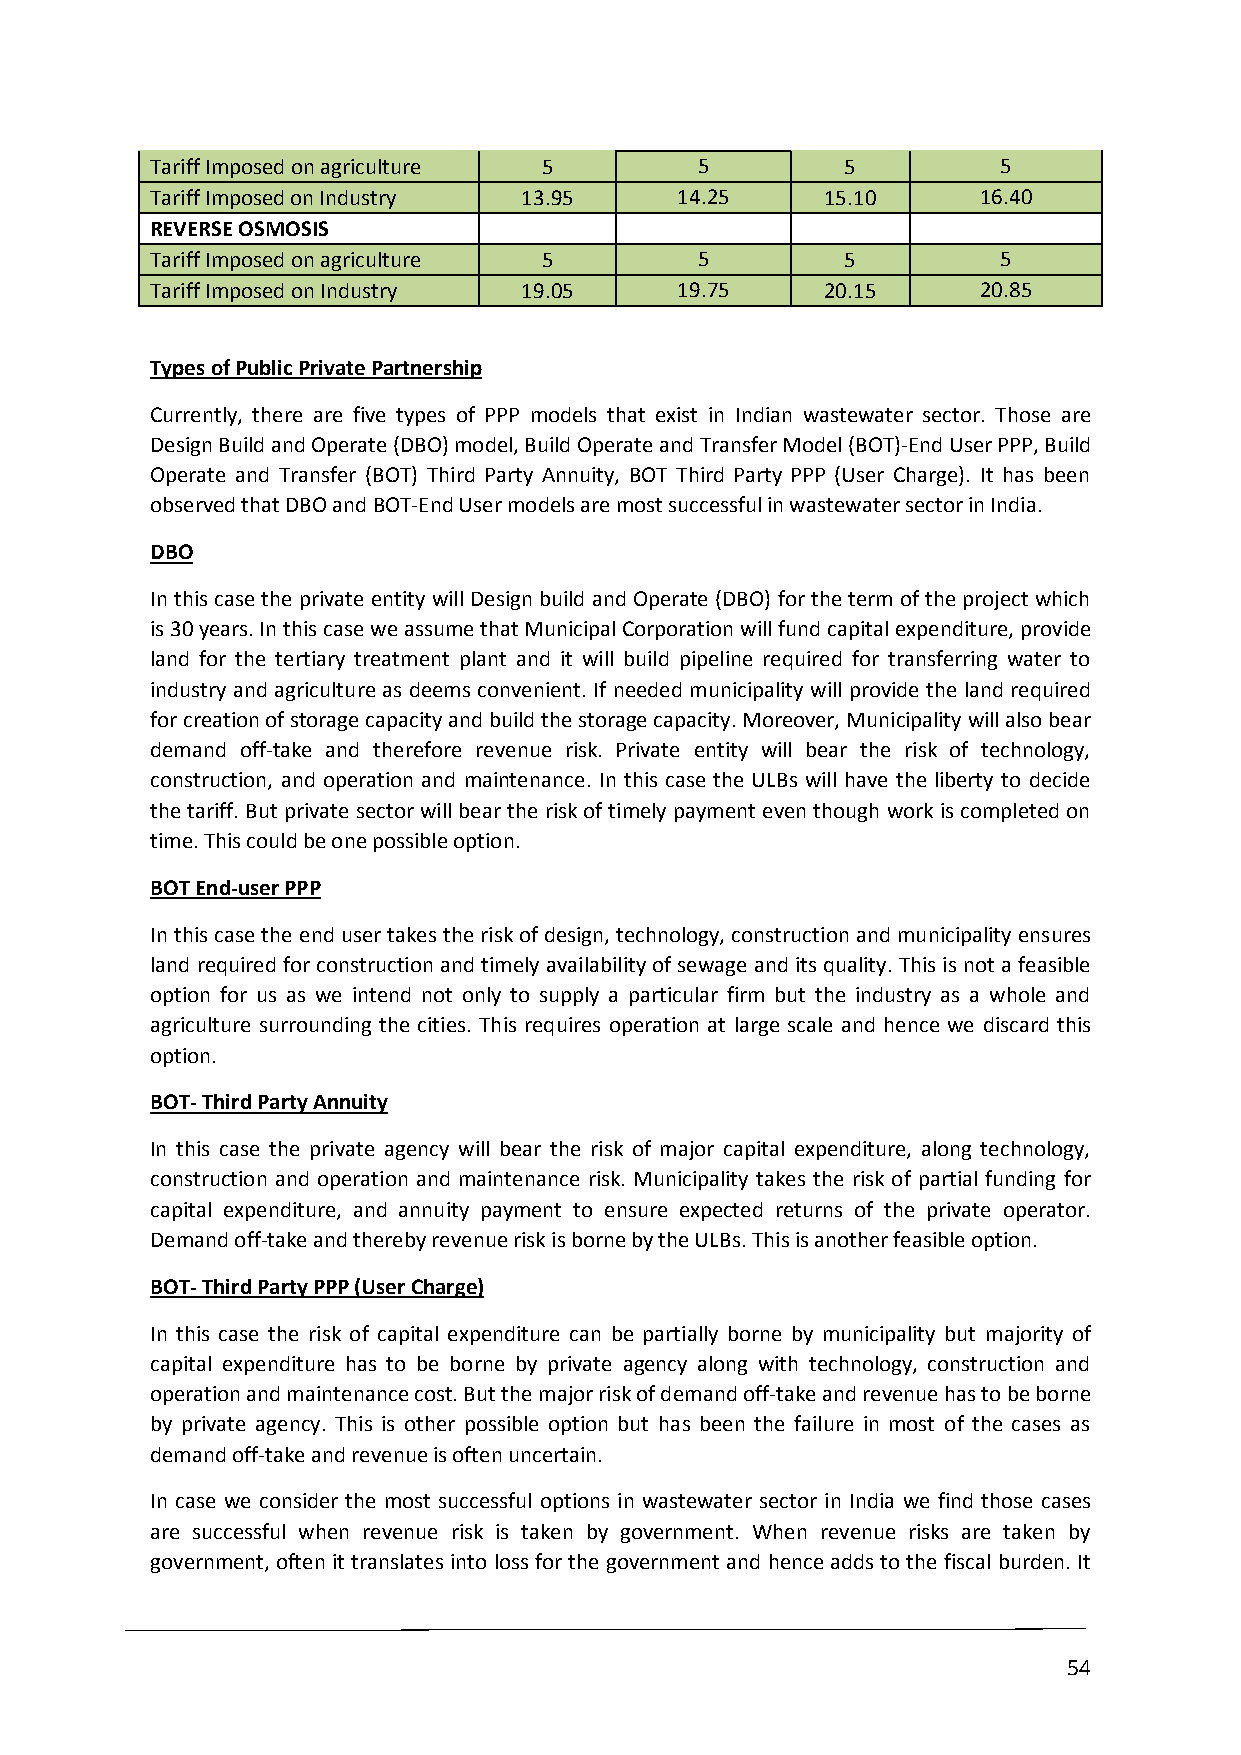
Tariff Imposed on agriculture 5     5         5         5
 Tariff Imposed on Industry 13.95   14.25     15.10     16.40
 REVERSE OSMOSIS
 Tariff Imposed on agriculture 5     5         5         5
 Tariff Imposed on Industry 19.05   19.75     20.15     20.85
 Types of Public Private Partnership
 Currently, there are five types of PPP models that exist in Indian wastewater sector. Those are
 Design Build and Operate (DBO) model, Build Operate and Transfer Model (BOT)-End User PPP, Build
 Operate and Transfer (BOT) Third Party Annuity, BOT Third Party PPP (User Charge). It has been
 observed that DBO and BOT-End User models are most successful in wastewater sector in India.
 DBO
 In this case the private entity will Design build and Operate (DBO) for the term of the project which
 is 30 years. In this case we assume that Municipal Corporation will fund capital expenditure, provide
 land for the tertiary treatment plant and it will build pipeline required for transferring water to
 industry and agriculture as deems convenient. If needed municipality will provide the land required
 for creation of storage capacity and build the storage capacity. Moreover, Municipality will also bear
 demand off-take and therefore revenue risk. Private entity will bear the risk of technology,
 construction, and operation and maintenance. In this case the ULBs will have the liberty to decide
 the tariff. But private sector will bear the risk of timely payment even though work is completed on
 time. This could be one possible option.
 BOT End-user PPP
 In this case the end user takes the risk of design, technology, construction and municipality ensures
 land required for construction and timely availability of sewage and its quality. This is not a feasible
 option for us as we intend not only to supply a particular firm but the industry as a whole and
 agriculture surrounding the cities. This requires operation at large scale and hence we discard this
 option.
 BOT- Third Party Annuity
 In this case the private agency will bear the risk of major capital expenditure, along technology,
 construction and operation and maintenance risk. Municipality takes the risk of partial funding for
 capital expenditure, and annuity payment to ensure expected returns of the private operator.
 Demand off-take and thereby revenue risk is borne by the ULBs. This is another feasible option.
 BOT- Third Party PPP (User Charge)
 In this case the risk of capital expenditure can be partially borne by municipality but majority of
 capital expenditure has to be borne by private agency along with technology, construction and
 operation and maintenance cost. But the major risk of demand off-take and revenue has to be borne
 by private agency. This is other possible option but has been the failure in most of the cases as
 demand off-take and revenue is often uncertain.
 In case we consider the most successful options in wastewater sector in India we find those cases
 are successful when revenue risk is taken by government. When revenue risks are taken by
 government, often it translates into loss for the government and hence adds to the fiscal burden. It
 54